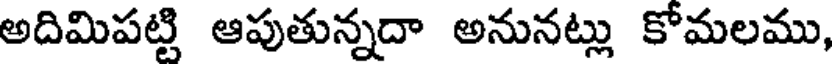
అదిమిపట్టి ఆపుతున్నదా అనునట్లు కోమలము,